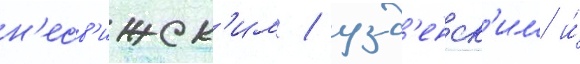
н'есв'ижск'им / узд'енск'им и́